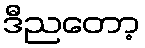
ဒီညတော့